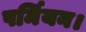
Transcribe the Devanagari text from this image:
पर्मियन।